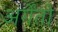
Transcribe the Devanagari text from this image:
अर्गेंतो